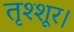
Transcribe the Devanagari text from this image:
तृश्शूर।